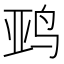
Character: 𱉨